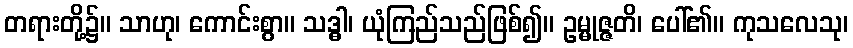
တရားတို့၌။ သာဟု၊ ကောင်းစွာ။ သဒ္ဓါ၊ ယုံကြည်သည်ဖြစ်၍။ ဥမ္မုဇ္ဇတိ၊ ပေါ်၏။ ကုသလေသု၊